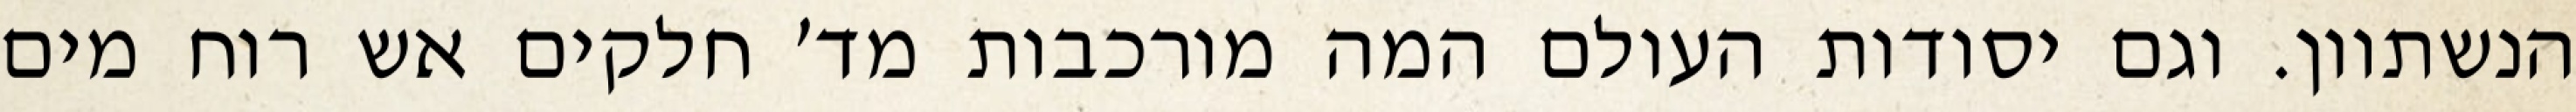
הנשתוון. וגם יסודות העולם המה מורכבות מד׳ חלקים אש רוח מים